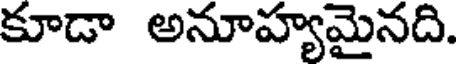
కూడా అనూహ్యమైనది.